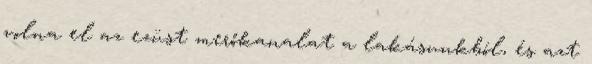
volna el az ezüst merőkanalat a lakásunkból, és azt